Code of medical and sanitary regulations for the guidance of medical officers serving in the Madras Presidency - Volume I
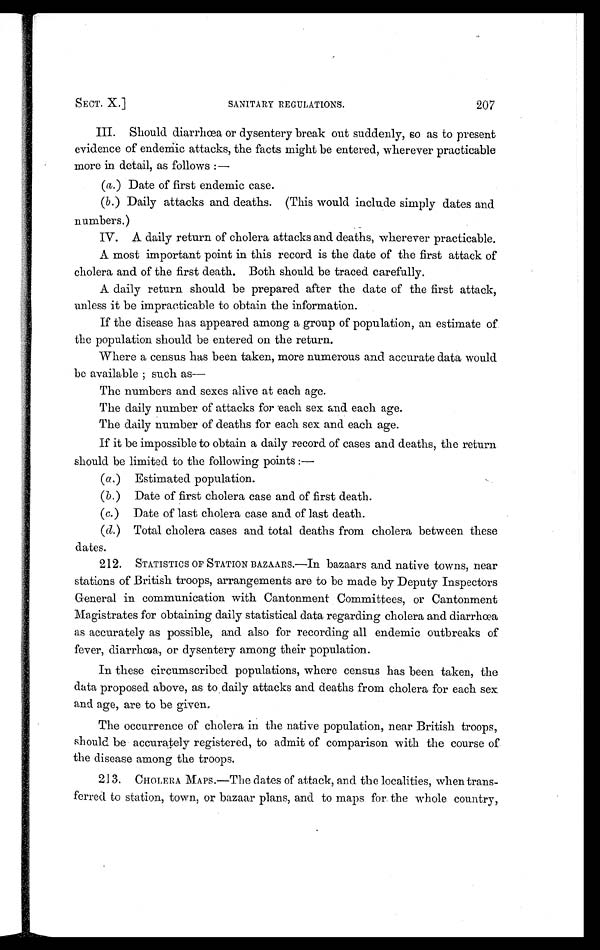
207
SANITARY REGULATIONS.
SECT. X.
III. Should diarrhœa or dysentery break out suddenly, so as to present
evidence of endemic attacks, the facts might be entered, wherever practicable
more in detail, as follows :—
( a. ) Date of first endemic case.
(b. ) Daily attacks and deaths. (This would include simply dates and
numbers.)
IV. A daily return of cholera attacks and deaths, wherever practicable.
A most important point in this record is the date of the first attack of
cholera and of the first death. Both should be traced carefully.
A daily return should be prepared after the date of the first attack,
unless it be impracticable to obtain the information.
If the disease has appeared among a group of population, an estimate of
the population should be entered on the return.
Where a census has been taken, more numerous and accurate data would
be available ; such as
—
The numbers and sexes alive at each age.
The daily number of attacks for each sex and each age.
The daily number of deaths for each sex and each age.
If it be impossible to obtain a daily record of cases and deaths, the return
should be limited to the following points :
—
(a.) Estimated population.
(b.) Date of first cholera case and of first death.
(c.) Date of last cholera case and of last death.
(d.) Total cholera cases and total deaths from cholera between these
dates.
212. STATISTICS OF STATION BAZAARS.—In bazaars and native towns, near
stations of British troops, arrangements are to be made by Deputy Inspectors
General in communication with Cantonment Committees, or Cantonment
Magistrates for obtaining daily statistical data regarding cholera and diarrhœa
as accurately as possible, and also for recording all endemic outbreaks of
fever, diarrhœa, or dysentery among their population.
In these circumscribed populations, where census has been taken, the
data proposed above, as to daily attacks and deaths from cholera for each sex
and age, are to be given,
The occurrence of cholera in the native population, near British troops,
should be accurately registered, to admit of comparison with the course of
the disease among the troops.
213. CHOLERA MAPS.—Tire dates of attack, and the localities, when trans-
ferred to station, town, or bazaar plans, and to maps for the whole country,